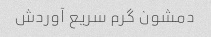
دمشون گرم سریع آوردش